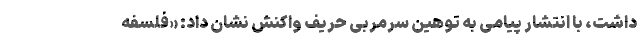
داشت، با انتشار پیامی به توهین سرمربی حریف واکنش نشان داد: «فلسفه